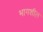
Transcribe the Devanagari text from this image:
भागशील